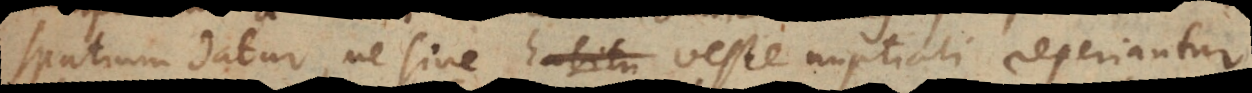
spatium datur, ne sine habitu veste nuptiali reperiantur.